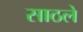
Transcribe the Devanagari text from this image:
साठले